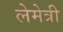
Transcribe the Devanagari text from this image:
लेमेत्री